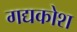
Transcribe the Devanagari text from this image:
गद्यकोश